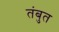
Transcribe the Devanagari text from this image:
तंबुत